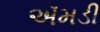
ઍમડી